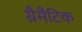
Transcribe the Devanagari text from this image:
ग्रैमैटिक